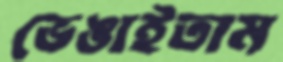
ভেঙাইতাম